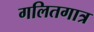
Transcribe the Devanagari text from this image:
गलितगात्र